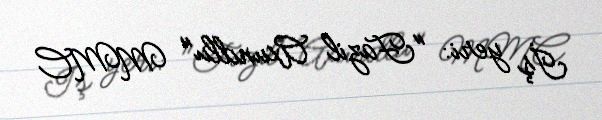
İş yeri: "Fazil Axundlu" MMC